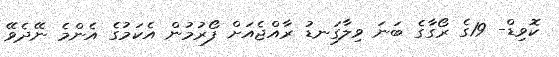
ކޮވިޑް- 19ގެ ރޯގާގެ ބަނަ ވިލާގަނޑު ރާއްޖެއަށް ފޯރުމުން އެކަމުގެ އެންމެ ނޭދެވޭ